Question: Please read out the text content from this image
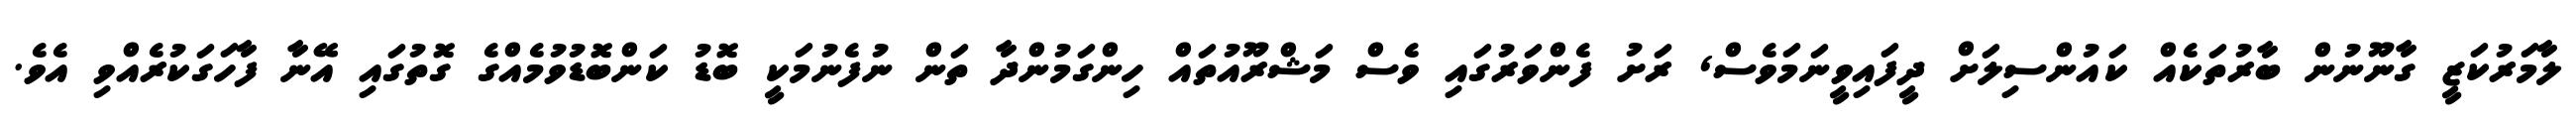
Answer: ލާމަރުކަޒީ ގާނޫނުން ބާރުތަކެއް ކައުންސިލަށް ދީފައިވީނަމަވެސް, ރަށު ފެންވަރުގައި ވެސް މަޝްރޫއުތައް ހިންގަމުންދާ ތަން ނުފެނުމަކީ ބޮޑު ކަންބޮޑުވުމެއްގެ ގޮތުގައި އޭނާ ފާހަގަކުރެއްވި އެވެ.